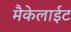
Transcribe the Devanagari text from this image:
मैकेलाईट